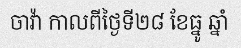
ចាវ៉ា កាលពីថ្ងៃទី២៨ ខែធ្នូ ឆ្នាំ